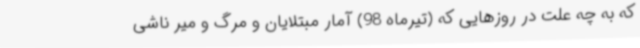
که به چه علت در روزهایی که (تیرماه 98) آمار مبتلایان و مرگ و میر ناشی